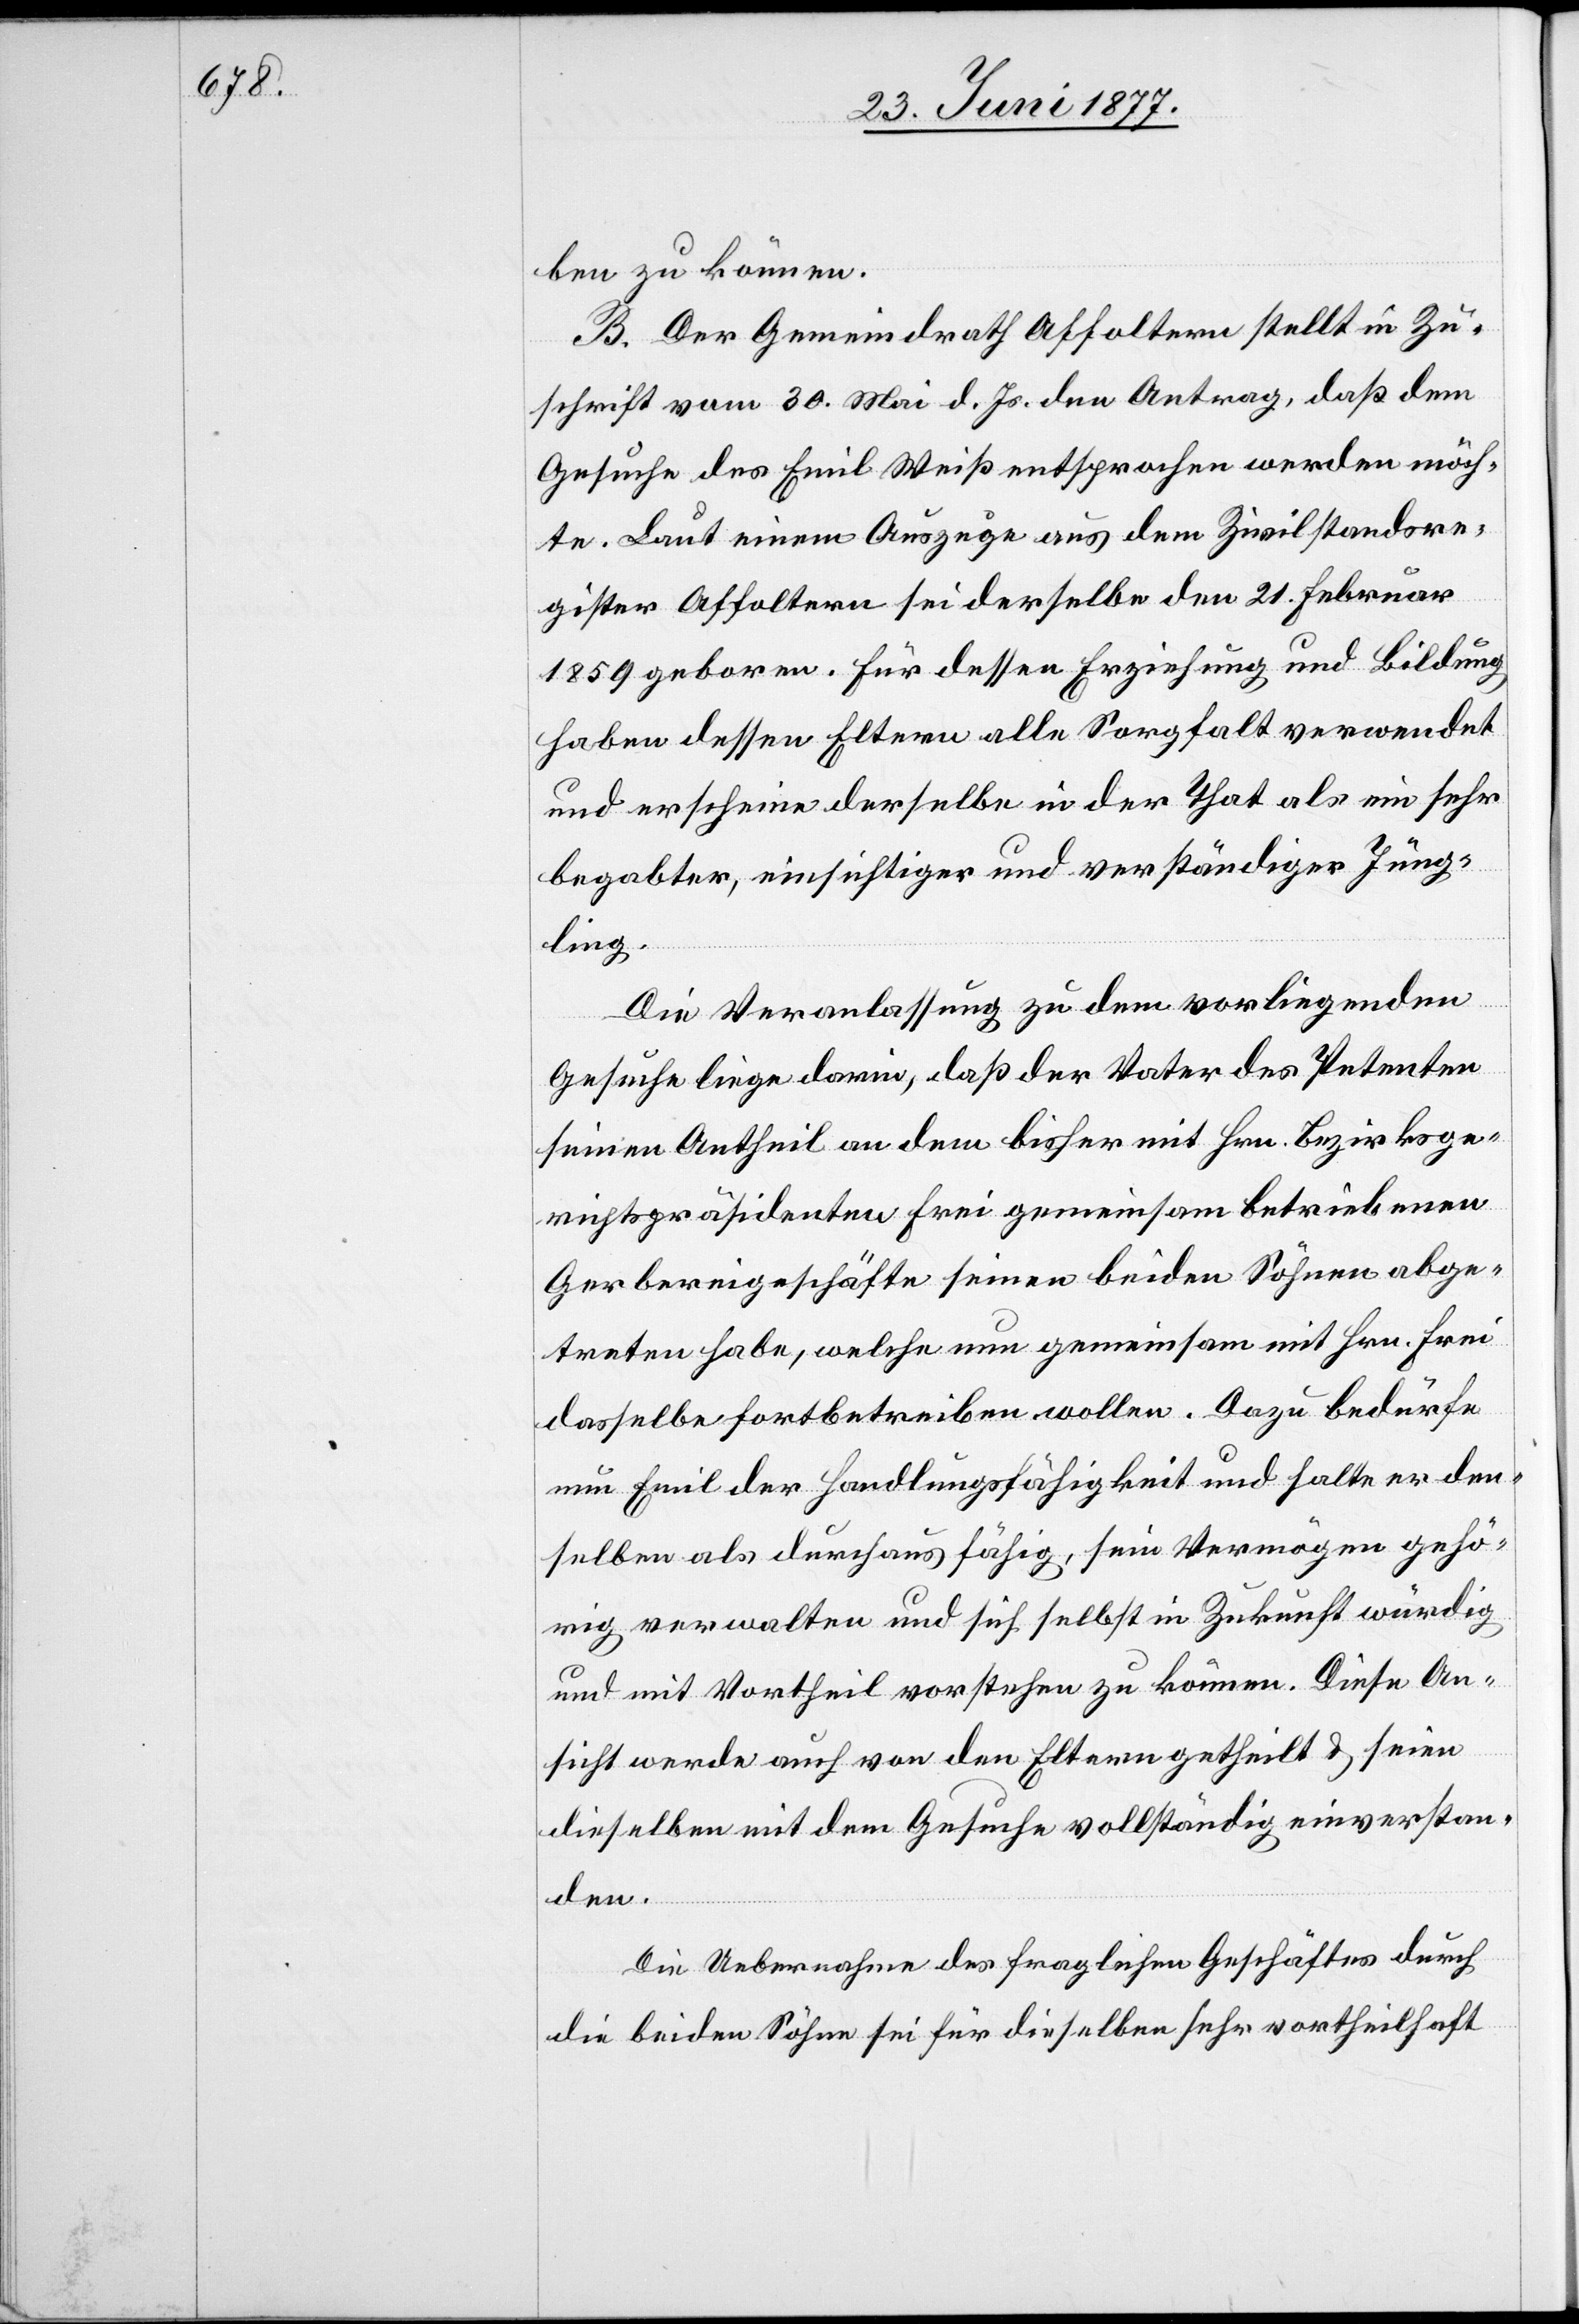
ben zu können.
B. Der Gemeindrath Affoltern stellt in Zu¬
schrift vom 30. Mai d. Js. den Antrag, daß dem
Gesuche des Emil Weiß entsprochen werden möch¬
te. Laut einem Auszuge aus dem Zivilstandsre¬
gister Affoltern sei derselbe den 21. Februar
1859 geboren. Für dessen Erziehung und Bildung
haben dessen Eltern alle Sorgfalt verwendet
und erscheine derselbe in der That als ein sehr
begabter, einsichtiger und verständiger Jüng¬
ling.
Die Veranlassung zu dem vorliegenden
Gesuche liege darin, daß der Vater des Petenten
seinen Antheil an dem bisher mit Hrn. Bezirksge¬
richtspräsidenten Frei gemeinsam betriebenen
Gerbereigeschäfte seinen beiden Söhnen abge¬
treten habe, welche nun gemeinsam mit Hrn. Frei
dasselbe fortbetreiben wollen. Dazu bedürfe
nun Emil der Handlungsfähigkeit und halte er den¬
selben als durchaus fähig, sein Vermögen gehö¬
rig verwalten und sich selbst in Zukunft würdig
und mit Vortheil vorstehen zu können. Diese An¬
sicht werde auch von den Eltern getheilt & seien
dieselben mit dem Gesuche vollständig einverstan¬
den.
Die Uebernahme des fraglichen Geschäftes durch
die beiden Söhne sei für dieselben sehr vortheilhaft